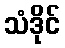
သံဒိုင်